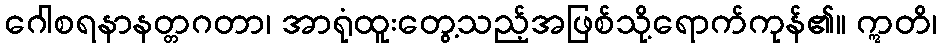
ဂေါစရနာနတ္တဂတာ၊ အာရုံထူးတွေ့သည့်အဖြစ်သို့ရောက်ကုန်၏။ ဣတိ၊